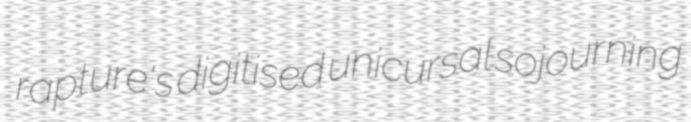
rapture's digitised unicursal sojourning